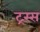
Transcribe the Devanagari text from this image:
ट्रस्स